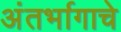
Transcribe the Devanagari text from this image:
अंतर्भागाचे